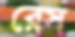
রেস